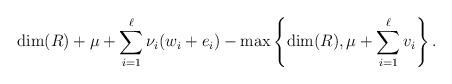
LaTeX: \begin{align*}\dim(R) + \mu + \sum^\ell_{i=1}\nu_i(w_i+e_i) - \max\left\{\dim(R), \mu+\sum_{i=1}^\ell v_i \right\}. \end{align*}